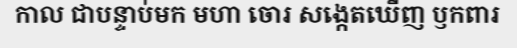
កាល ជាបន្ទាប់មក មហា ចោរ សង្កេតឃើញ ឫកពារ